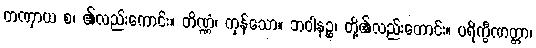
တဏှာယ စ၊ ၏လည်းကောင်း။ တိဏ္ဏံ၊ ကုန်သော။ ဘဝါနဉ္စ၊ တို့၏လည်းကောင်း။ ပရိက္ခီဏတ္တာ၊